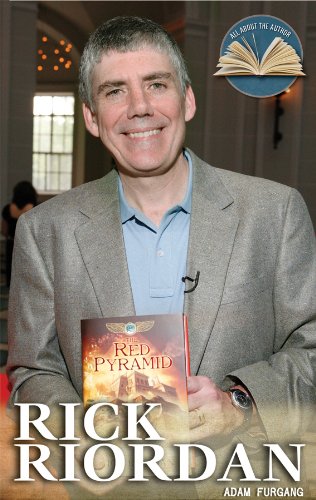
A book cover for Rick Riordan (All about the Author (Rosen)); Adam Furgang; Teen & Young Adult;